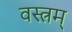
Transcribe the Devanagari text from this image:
वस्त्रम्‌